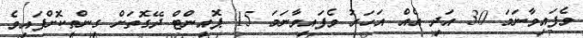
ވެފައިވާނަމަ 30 އަދި އެއް އަހަރު ވެފައިވާނަމަ 15 ޕޮއިންޓް ދޭގޮތަށް ގިންތިކޮށްފައިވެ